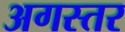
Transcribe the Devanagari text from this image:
अगस्तर